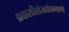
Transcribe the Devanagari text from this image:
प्रवासीसंख्येप्रमाणे